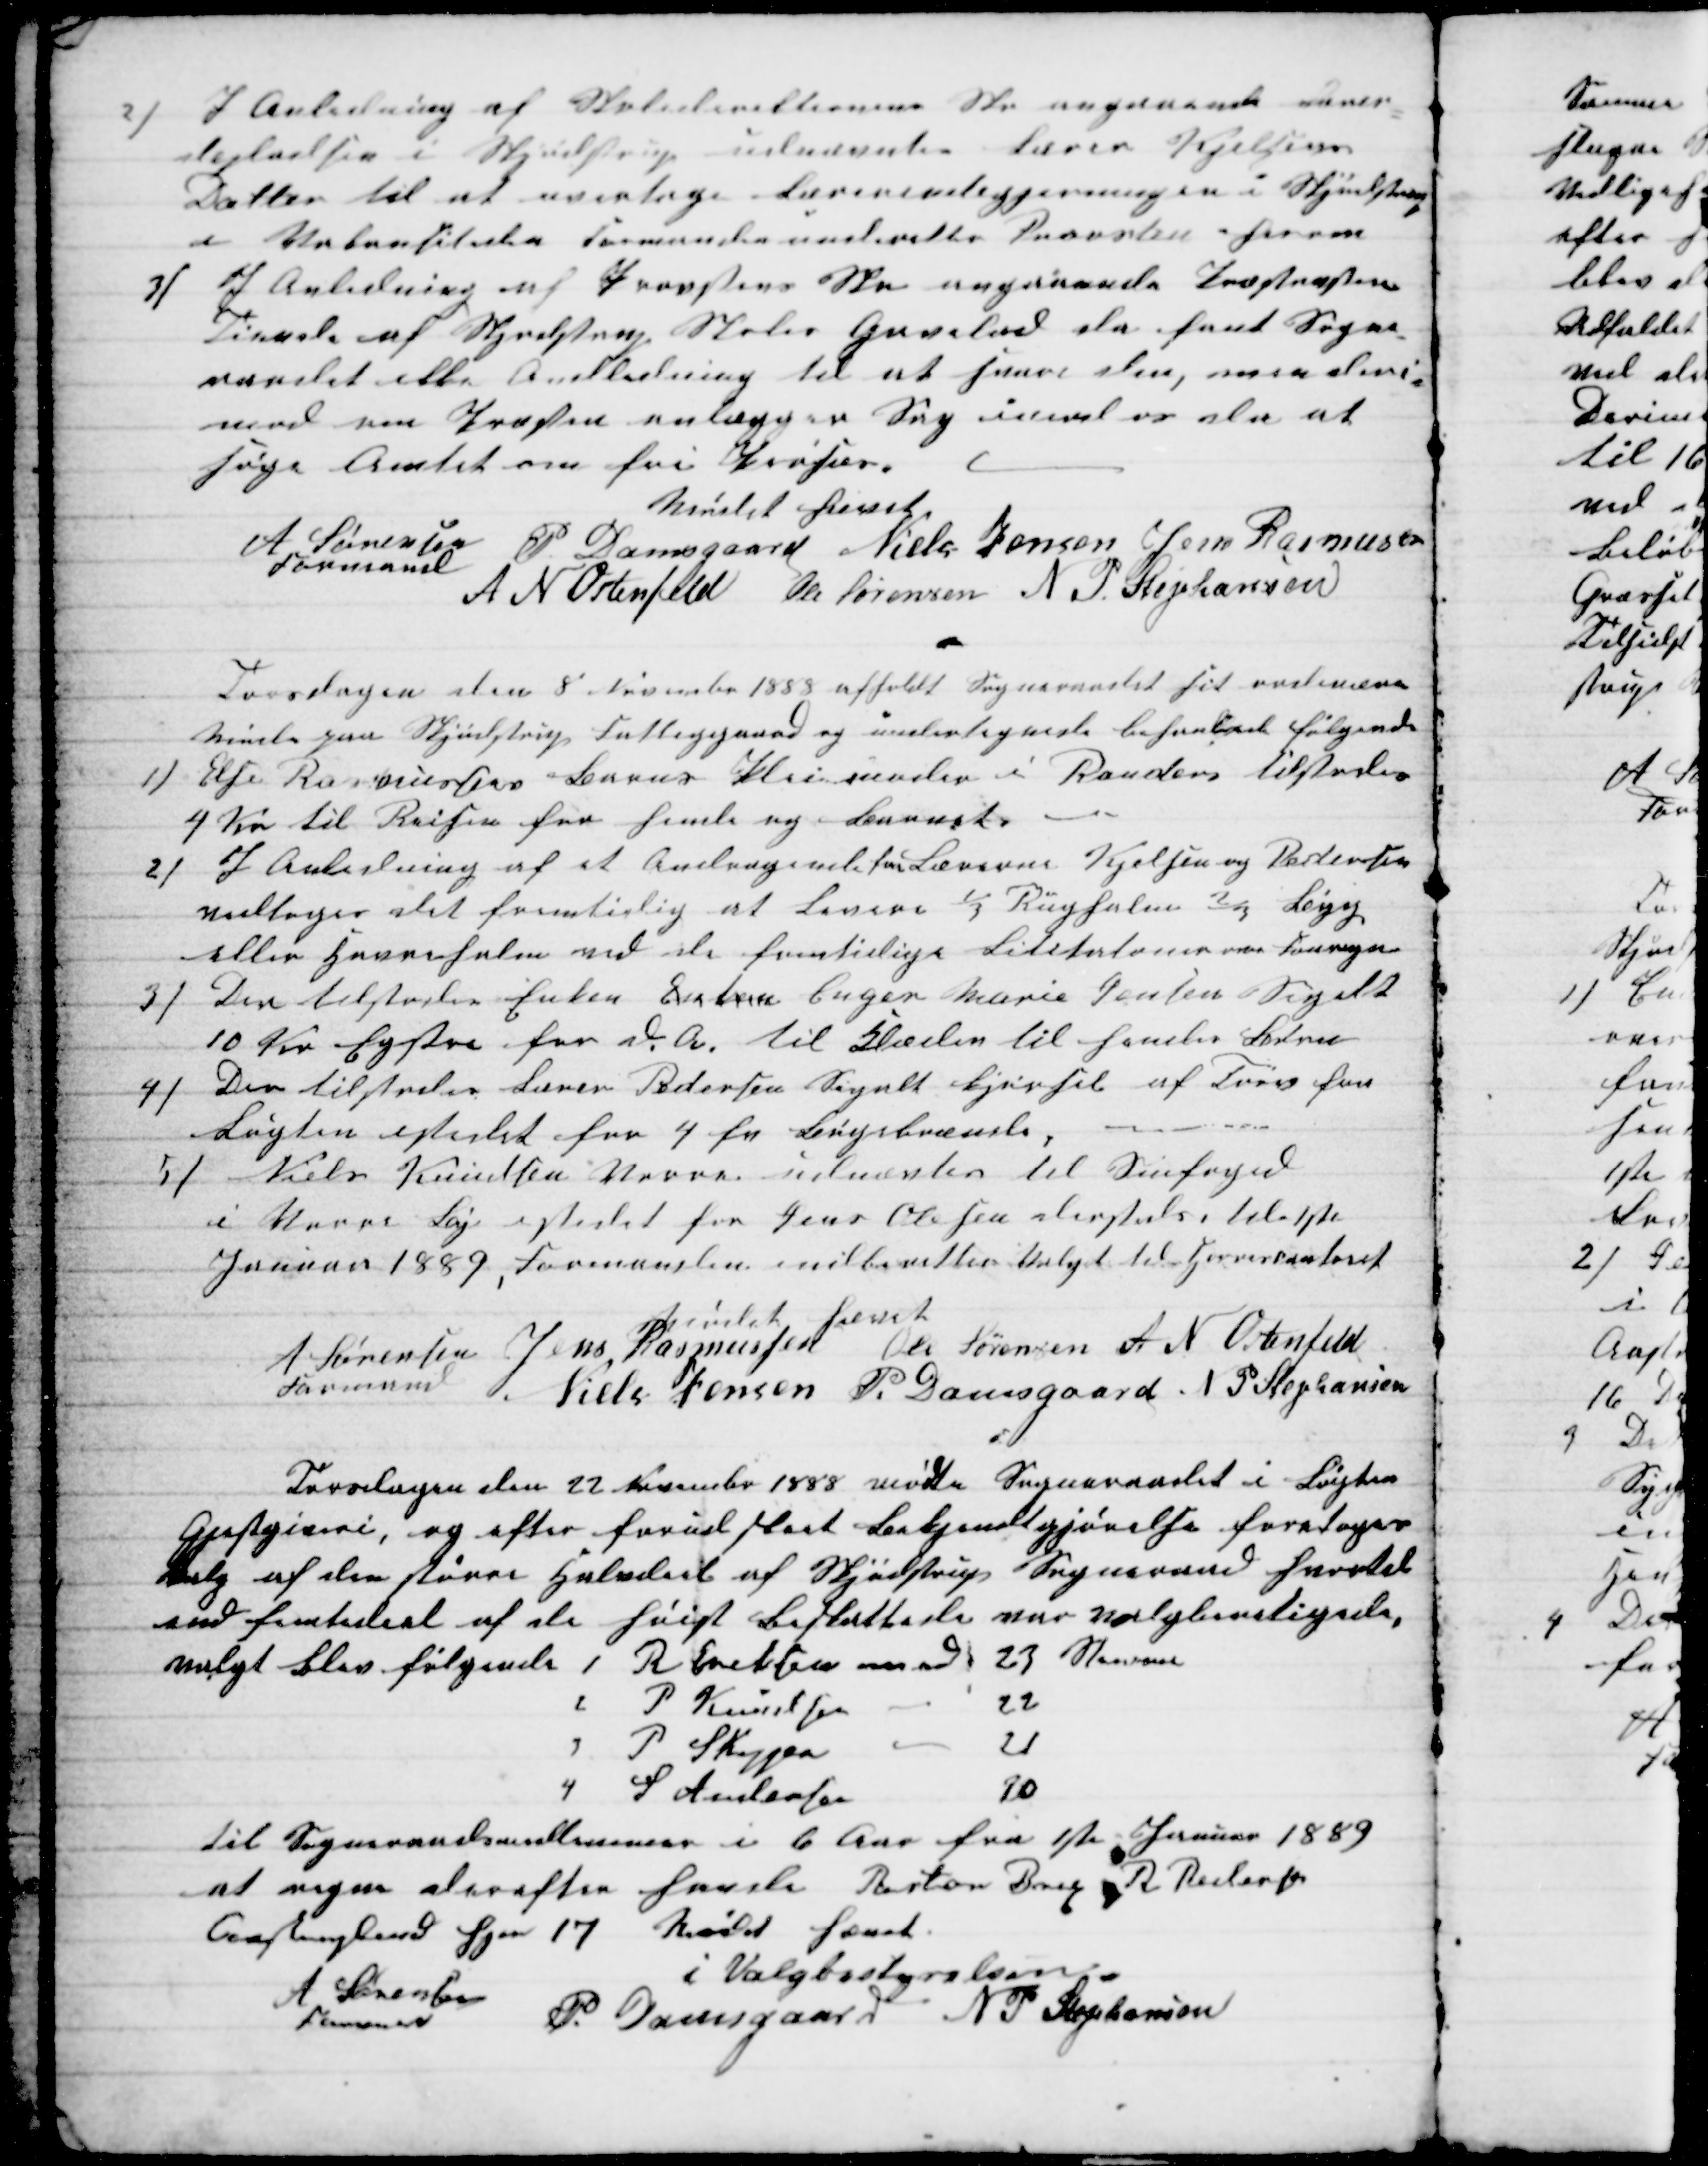
Transskription:
2) I Anledning af Skoledirektionens Skr angaaende Lærer-
depladsen i Skjødstrup udnævntes lærer Kjelsens
Datter til at overtage Lærerindegjerningen i Skjødstrup
i Vakansetiden Formanden underetter Provsten herom
3) I Anledning af Provstens Skr angaaende Præstræstens
Tiende af Skjødstrup Skoles Gavelod da fant Sogne-
raadet ikke Anledning til at svare den, men deri-
mod om Præsten anlægger Sag imod os da at
søge Amtet om fri Proses.
Mødet hævet
A Sørensen 
Formand
P Damsgaard Niels Jensen Jens Rasmusen
A N Ostenfeld Ole Sørensen N P. Stephansen
Torsdagen den 8 November 1888 afholdt Sogneraadet sit ordinære
Møde paa Skjødstrup Fattiggaard og undertegnede behanlede følgende
1)
Else Rasmussens Barns Pleiemoder i Randers tilstodes
4 Kr til Reisen for hende og Barnet.
2)
I Anledning af et Andragende fra Lærerne Kjelsen og Pedersen
vedtoges det fremtidig at Levere ⅓ Rughalm ⅔ Byg
eller Havrehalm ved de fremtidige Lititatoner over Fouragen
3)
Den tilstodes Enken Extra Enger Marie Jensen Segalt
10 Kr Extra for d. A. til Klæder til hendes Børn
4) Den tilstodes Lærer Pedersen Segalt kjørsel af Tørv fra
Løgten istedet for 4 fv Bøgebrænde.
5)
Niels Knudsen Vorre udnævtes til Snefoged
i Vorre Bye istedet for Jens Olesen dersteds til 1ste
Januar 1889, Formanden indberetter Valget til Herrescontoret
Mødet hævet
A Sørensen J
Formand
Jens Rasmussen Ole Sørensen A N Ostenfeld
Niels Jensen P. Damsgaard N P Stephansen
Torsdagen den 22 November 1888 mødte Sogneraadet i Løgten
Gjæstgiveri, og efter forud sket Bekjentgjørelse foretoges
Valg af den større Halvdeel af Skjødstrup Sogneraad hvortil
end femtedeel af de høist Beskattede var valgberettigede
valgt blev følgende 1 R Eriksen med 23 Stemmer
2
P Knudsen
22
3
P Skipper
21
4
S Andersen
20
til Sogneraadsmedlemmer i 6 Aar fra 1ste Januar 1889
at regne derefter havde Pastor Brix, R Pedersen
Aastruplund hver 17  Mødet hævet.
i Valgbestyrelsen
A Sørensen
Formand
P. Damsgaard N P Stephansen